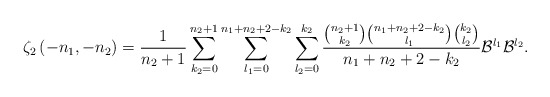
\begin{align*}\zeta_{2}\left(-n_{1},-n_{2}\right)=\frac{1}{n_{2}+1}\sum_{k_{2}=0}^{n_{2}+1}\sum_{l_{1}=0}^{n_{1}+n_{2}+2-k_{2}}\sum_{l_{2}=0}^{k_{2}}\frac{\binom{n_{2}+1}{k_{2}}\binom{n_{1}+n_{2}+2-k_{2}}{l_{1}}\binom{k_{2}}{l_{2}}}{n_{1}+n_{2}+2-k_{2}}\mathcal{B}^{l_{1}}\mathcal{B}^{l_{2}}.\end{align*}